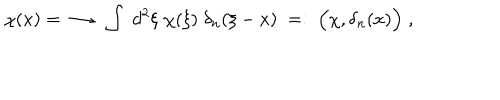
\chi ( x ) = \; \longrightarrow \; \int \; d ^ { 2 } \xi \; \chi ( \xi ) \; \delta _ { n } ( \xi - x ) \; = : \; \Big ( \chi , \delta _ { n } ( x ) \Big ) \; ,